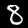
Label: 8